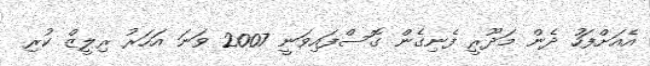
އެއަށްފަހު ދެން މަދޫރީ ފެނިގެން ގޮސްފައިވަނީ 2007 ވަނަ އަހަރު ރިލީޒް ކުރި